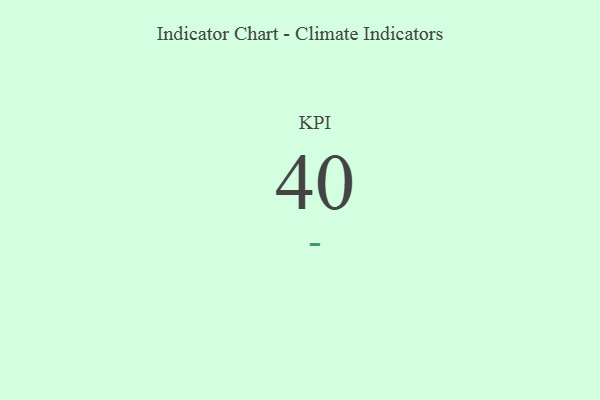
{"axis": {"x": "KPI", "y": "Value"}, "legend": [""], "data": [{"x": "KPI", "y": 40, "type": ""}]}